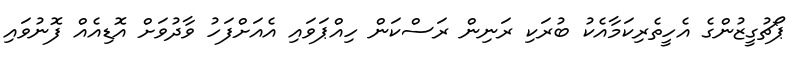
ޕޯޗުގީޒުންގެ އެހީތެރިކަމާއެކު ބުރަކި ރަނިން ރަސްކަން ހިއްޕަވައި އެއަށްފަހު ވާދުވަށް އޮޑިއެއް ފޮނުވައި